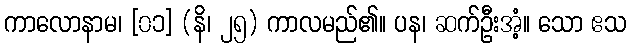
ကာလောနာမ၊ [၀၁] (နိ၊ ၂၅) ကာလမည်၏။ ပန၊ ဆက်ဦးအံ့။ သော ဧသ